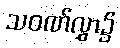
သဝဏ်လွှာ၌